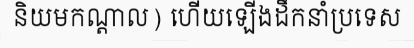
និយមកណ្តាល) ហើយឡើងដឹកនាំប្រទេស